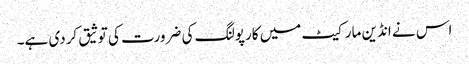
اس نے انڈین مارکیٹ میں کارپولنگ کی ضرورت کی توثیق کردی ہے۔